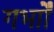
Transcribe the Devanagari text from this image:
गर्भाों